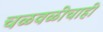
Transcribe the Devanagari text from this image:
चळवळींचाही